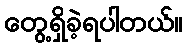
တွေ့ရှိခဲ့ရပါတယ်။